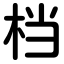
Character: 档